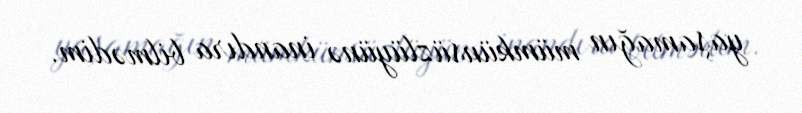
yaşamağın mümkünsüzlüyünə inandıra bilmədim.